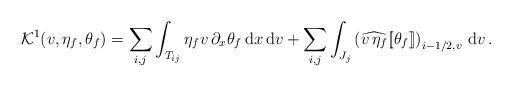
LaTeX: \begin{align*}\mathcal{K}^1(v,\eta_f,\theta_f) = \sum_{i,j}\int_{T_{ij}} \eta_f v\,\partial_x \theta_f\,{\rm d}x\,{\rm d}v + \sum_{i,j}\int_{J_j}\left(\widehat{v\,\eta_f}[\![\theta_f]\!]\right)_{i-1/2,v}\,{\rm d}v\, .\end{align*}